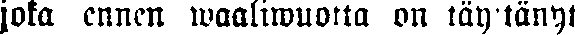
joka ennen waaliwuotta on täyttänyt